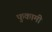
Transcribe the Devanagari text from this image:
फुकामी